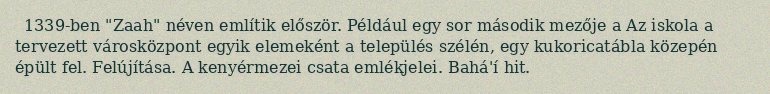
1339-ben "Zaah" néven említik először. Például egy sor második mezője a Az iskola a tervezett városközpont egyik elemeként a település szélén, egy kukoricatábla közepén épült fel. Felújítása. A kenyérmezei csata emlékjelei. Bahá'í hit.